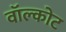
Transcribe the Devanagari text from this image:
वॉल्कोट